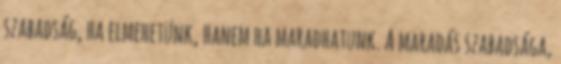
szabadság, ha elmehetünk, hanem ha maradhatunk. A maradás szabadsága,